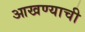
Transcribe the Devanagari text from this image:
आखण्याची